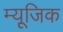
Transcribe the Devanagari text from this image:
म्यूजि़क